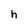
Character: h